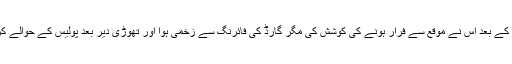
فائرنگ کے بعد اس نے موقع سے فرار ہونے کی کوشش کی مگر گارڈ کی فائرنگ سے زخمی ہوا اور تھوڑی دیر بعد پولیس کے حوالے کردیا گیا۔